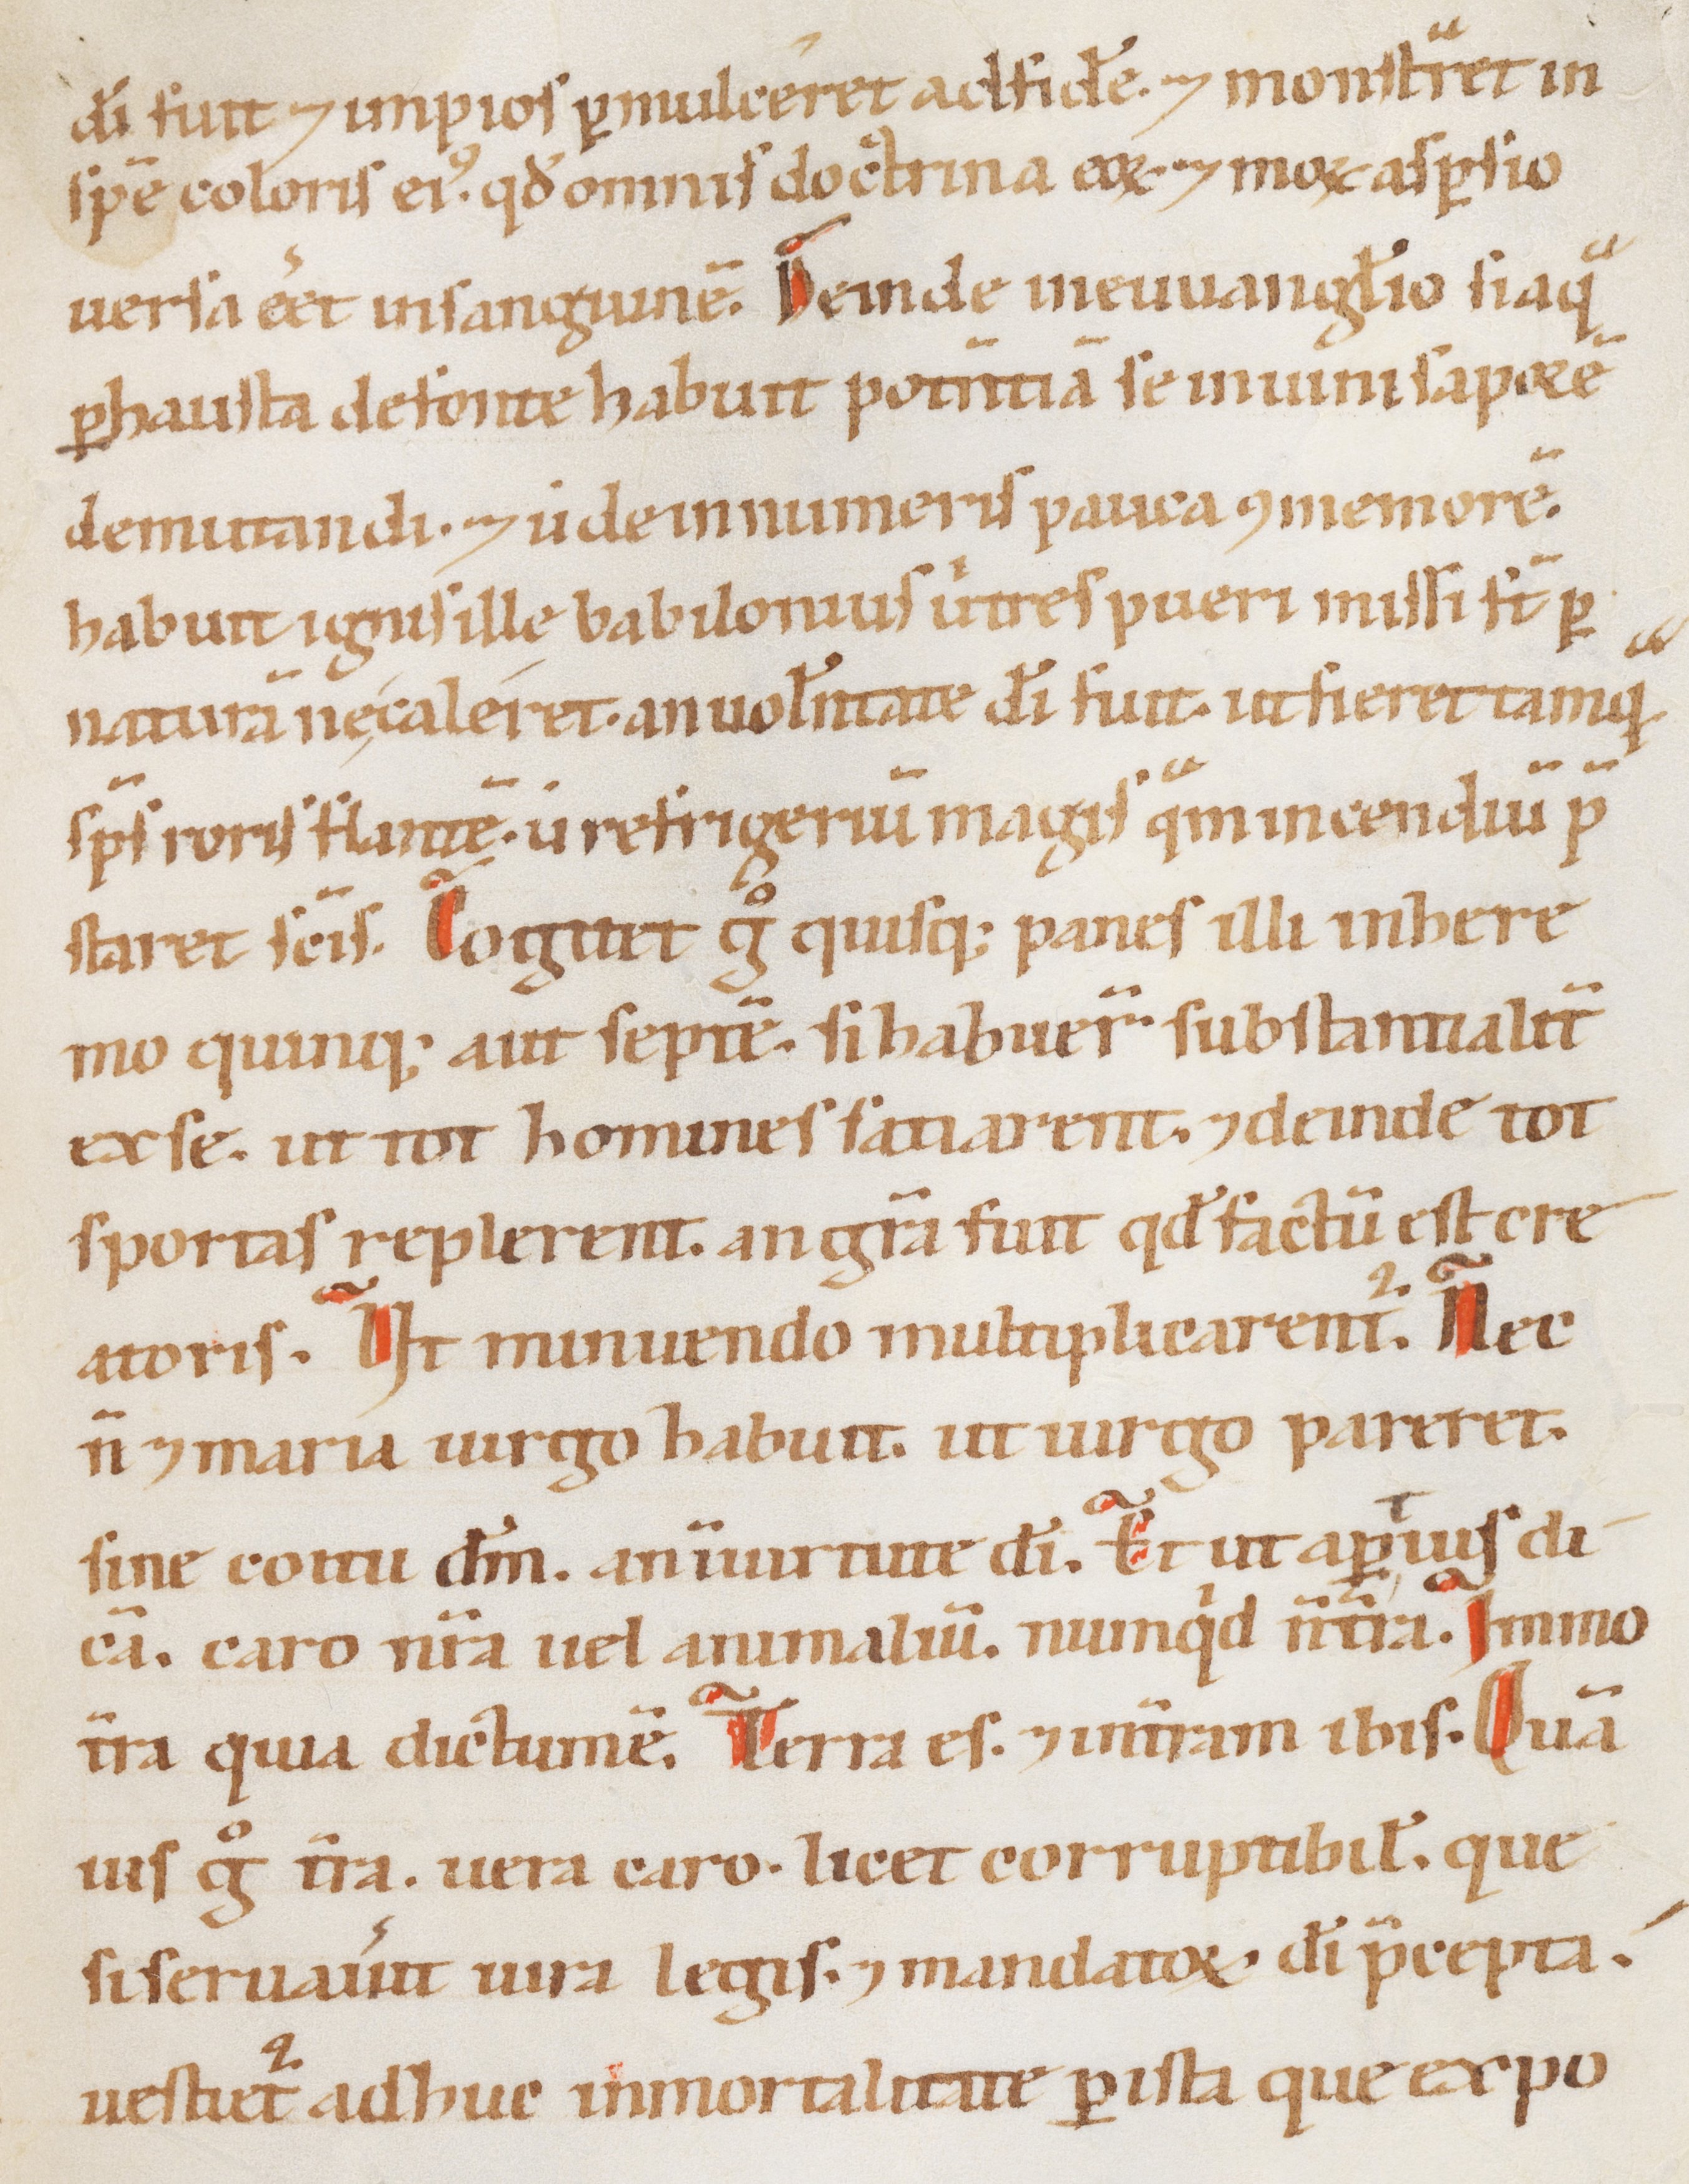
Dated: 1100–1199